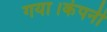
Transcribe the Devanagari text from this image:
गया।कंपनी